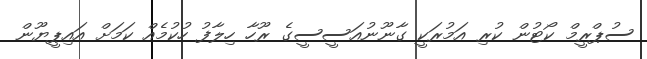
ސުޕްރީމް ކޯޓުން ކުރި އަމުރަކީ ގާނޫނުއަސީސީގެ ރޫހާ ހިލާފު ހުކުމެއް ކަމަށް އައިޕީޔޫން